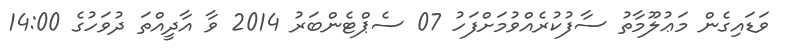
ވަޑައިގެން މަޢުލޫމާތު ސާފުކުރެއްވުމަށްފަހު 07 ސެޕްޓެންބަރު 2014 ވާ އާދީއްތަ ދުވަހުގެ 14:00